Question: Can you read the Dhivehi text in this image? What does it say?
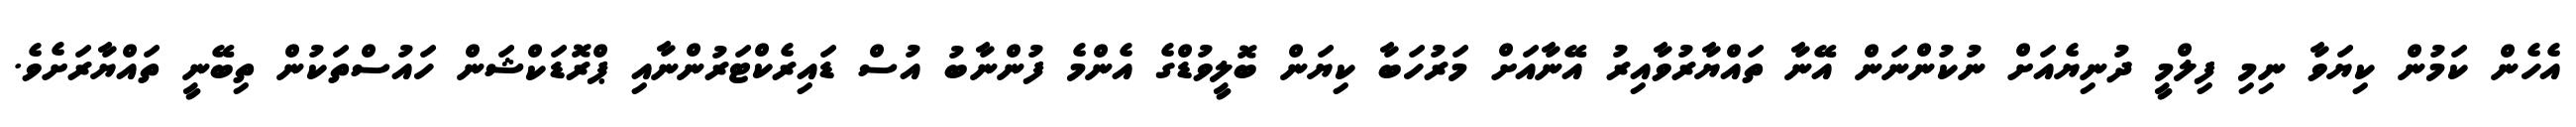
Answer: އެހެން ކަމުން ކިޔަވާ ނިމި ފިލްމީ ދުނިޔެއަށް ނުކުންނަން އޭނާ ތައްޔާރުވާއިރު އޭނާއަށް މަރުހަބާ ކިޔަން ބޮލީވުޑްގެ އެންމެ ފުންނާބު އުސް ޑައިރެކްޓަރުންނާއި ޕްރޮޑަކްޝަން ހައުސްތަކުން ތިބޭނީ ތައްޔާރަށެވެ.